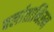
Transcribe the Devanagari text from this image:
चर्लातानिस्म